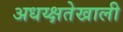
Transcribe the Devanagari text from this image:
अधय्क्षतेखाली